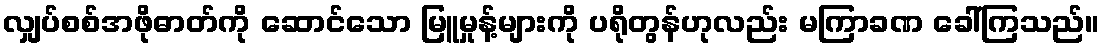
လျှပ်စစ်အဖိုဓာတ်ကို ဆောင်သော မြူမှုန့်များကို ပရိုတွန်ဟုလည်း မကြာခဏ ခေါ်ကြသည်။